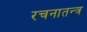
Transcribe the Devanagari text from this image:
रचनातन्त्र